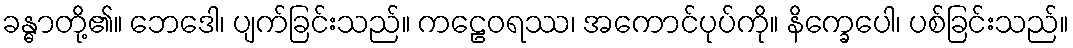
ခန္ဓာတို့၏။ ဘေဒေါ၊ ပျက်ခြင်းသည်။ ကဠေဝရဿ၊ အကောင်ပုပ်ကို။ နိက္ခေပေါ၊ ပစ်ခြင်းသည်။